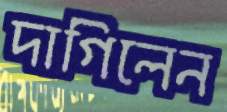
দাগিলেন